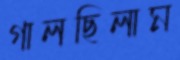
গালছিলাম